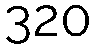
320